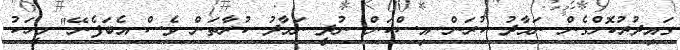
ގައިދުރުކޮށްގެން ނަމާދު ކުރަން އިސްކަން ނުދީ ނަމާދު ކުރާތަން ވެސް އެބަފެނޭ" މީހަކު